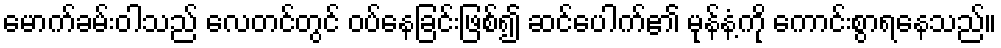
မောက်ခမ်းဝါသည် လေတင်တွင် ဝပ်နေခြင်းဖြစ်၍ ဆင်ပေါက်၏ မုန်နံ့ကို ကောင်းစွာရနေသည်။